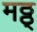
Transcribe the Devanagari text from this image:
मठ्ठ्